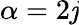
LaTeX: \alpha=2\mathit{j}